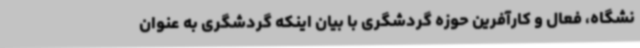
نشگاه، فعال و کارآفرین حوزه گردشگری با بیان اینکه گردشگری به عنوان